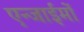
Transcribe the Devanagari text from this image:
एन्जाईमों